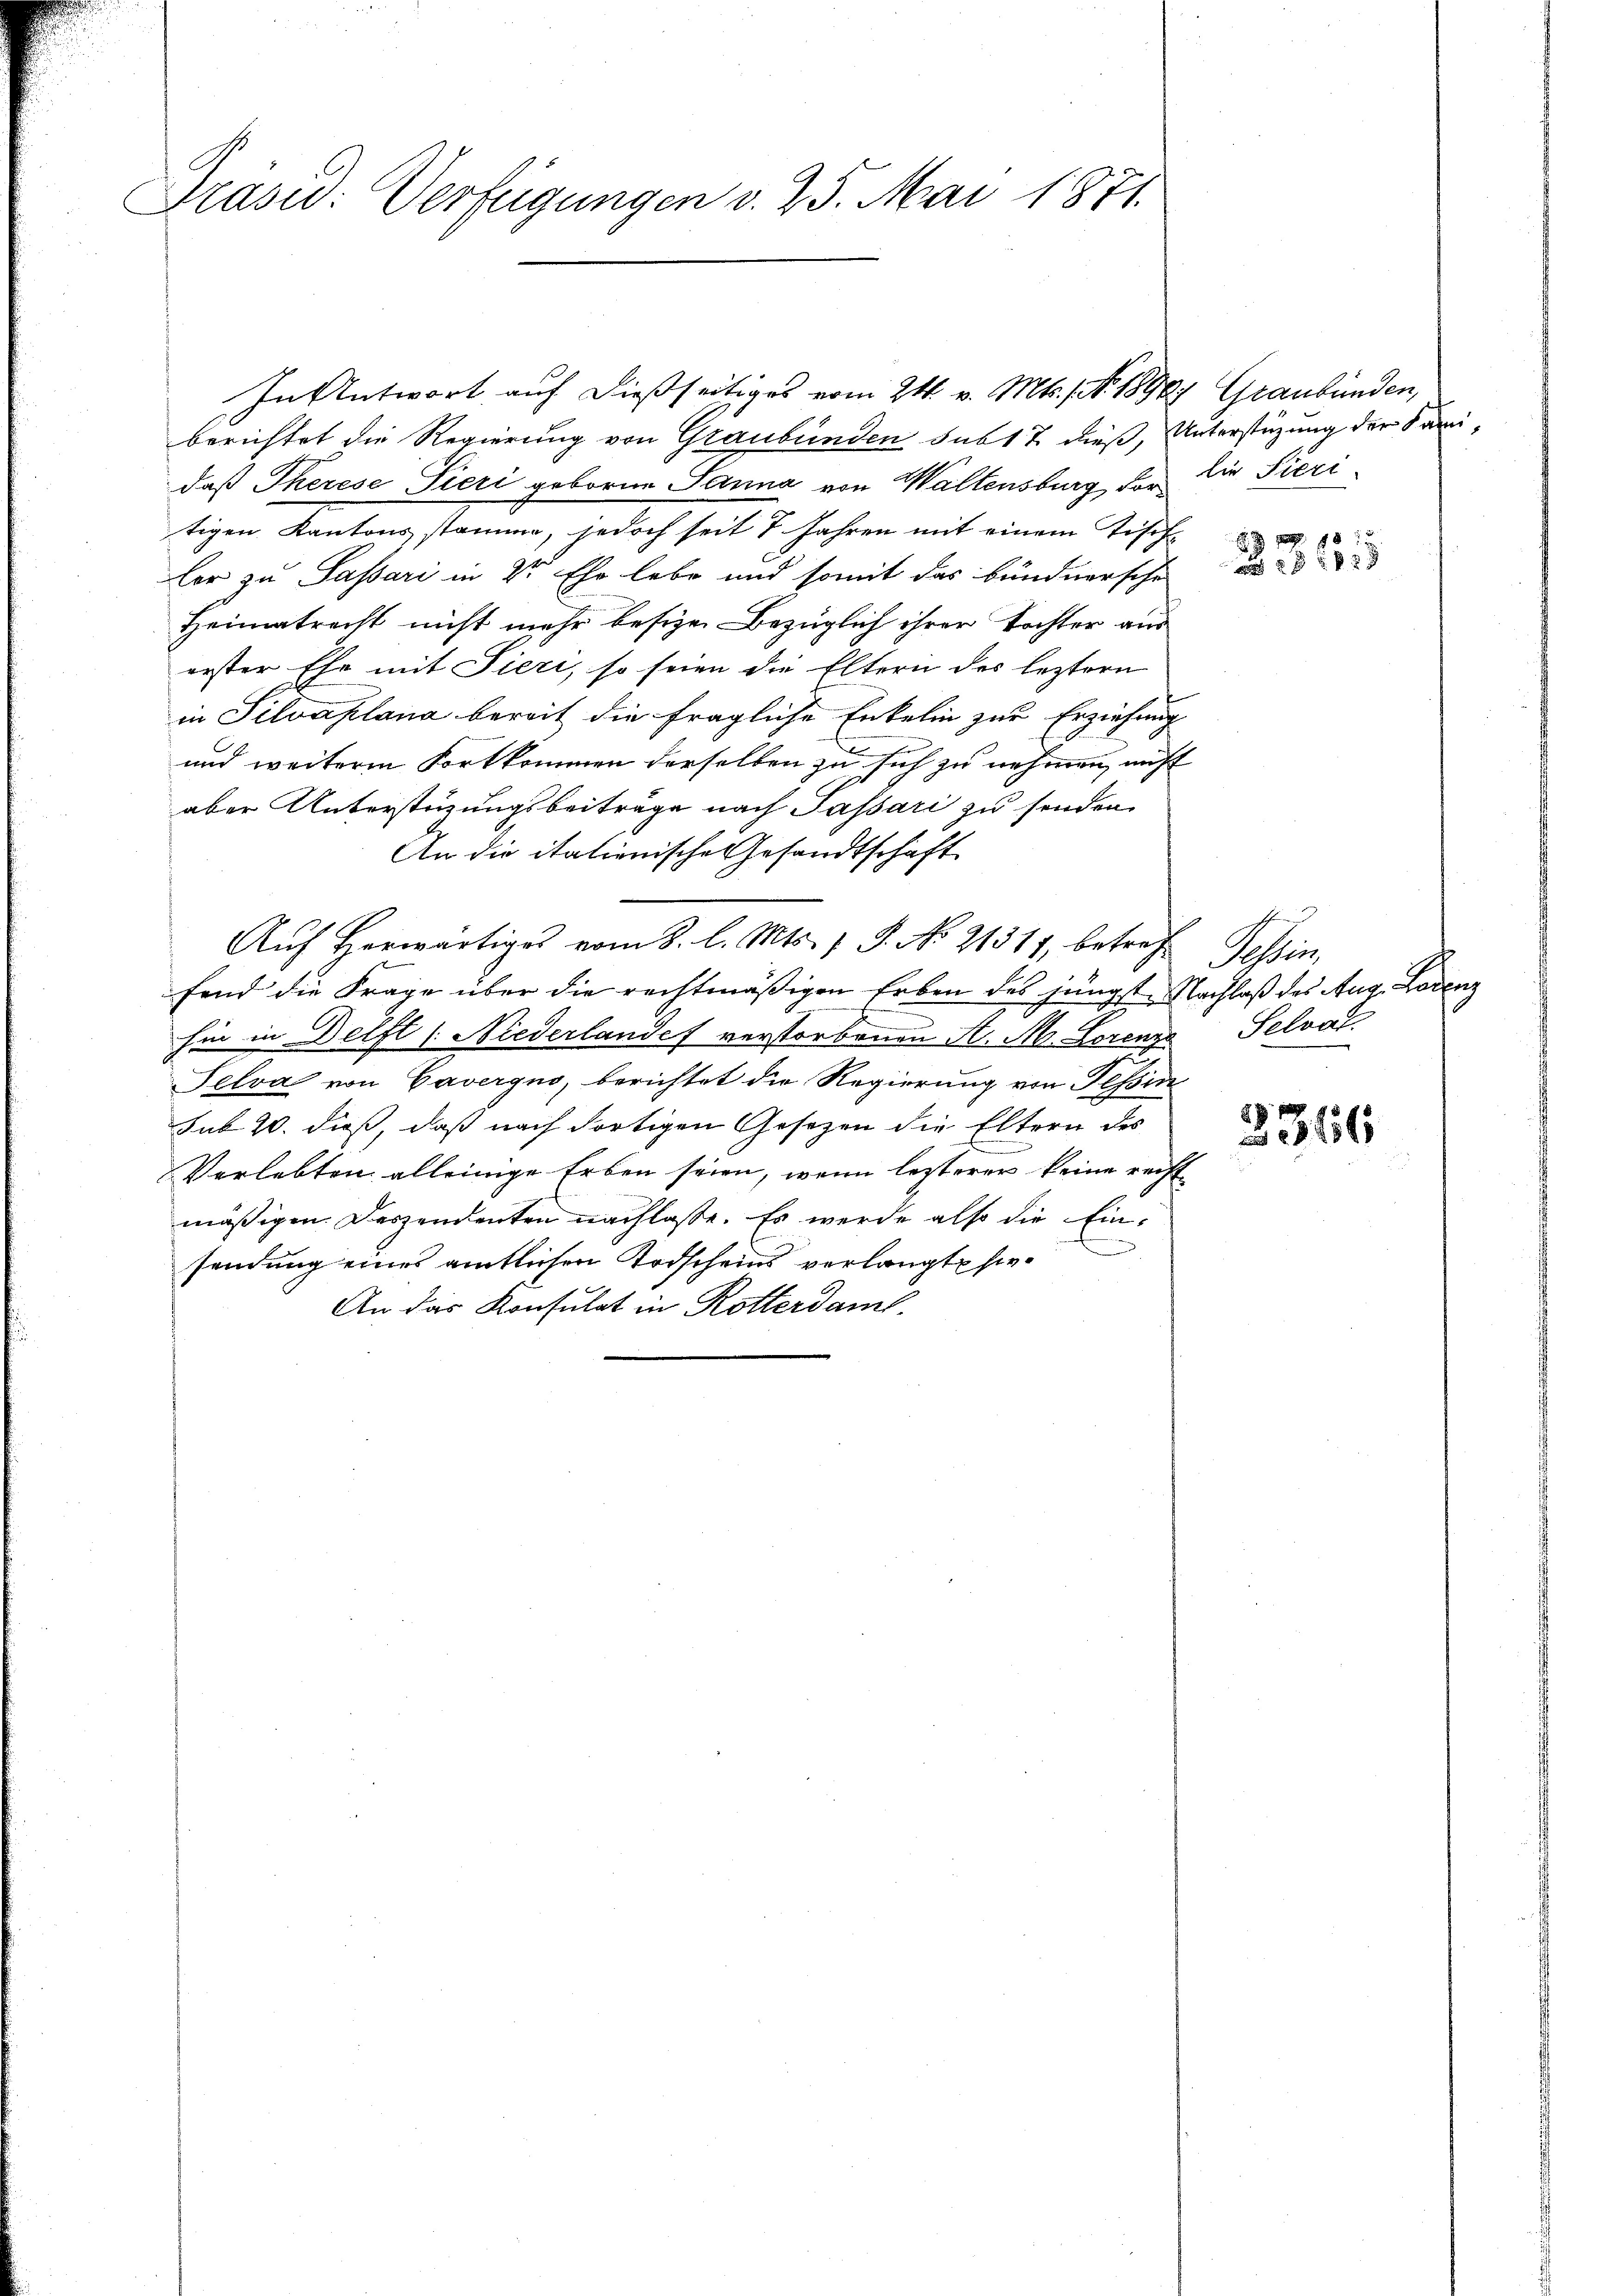
Präsid. Verfügungen v. 25. Mai 1871.

berichtet die Regierung von Graubünden sub 17 dieß, Unterstüzung der Sanidaß Therese Pieri geboren Janna von Wallensburg vor die Pieri
tigen Kantons stamme, jedoch seit 7 Jahren mit einem Tisch
lor zu Sassari in dr Ehe lebe und somit das bündnersche
Heimatrecht nicht mehr besizen Bezüglich ihrer Tochter aus
erster Ehe mit Pieri, so seien die Eltern des leztern
in Silvaplana bereit die fragliche Enkelin zur Erziehung
und weitere Fortkommen derselben zu sich zu nehmen, nicht
aber Unterstüzungsbeiträge nach Passari zu senden.
An die italienische Gesandtschaft
Aŭf herwärtiges vom 8. l. Mts. 1 S. No 21311, betreff Tessin,
fend die Frage über die rechtmäßigen Erben des jüngst. Nachlaß des Aug. Lorenz
hin in Delft /: Niederlandes verstorbenen A. M. Lorenze Selvat
Selva von Cavergno, berichtet die Regierung von Tessin
sub 20. dieß, daß nach dortigen Gesetzen die Eltern des
Verlebten alleinige Erben seien, wenn lezterer keine recht
mäßigen Deszendenten nachlasse. Es werde also die Einsendung eines amtlichen Todscheins verlangte sie
An das Konsulat in Rotterdam.

In Antwort auf dießseitiges vom 24. v. Mts., No. 1890, Graubünden,

2

88
156